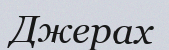
Джерах